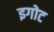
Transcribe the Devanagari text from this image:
इगोट